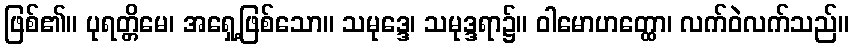
ဖြစ်၏။ ပုရတ္တိမေ၊ အရှေ့ဖြစ်သော။ သမုဒ္ဒေ၊ သမုဒ္ဒရာ၌။ ဝါမောဟတ္ထော၊ လက်ဝဲလက်သည်။